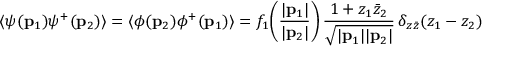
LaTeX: \langle \psi ( { \bf p } _ { 1 } ) \psi ^ { + } ( { \bf p } _ { 2 } ) \rangle = \langle \phi ( { \bf p } _ { 2 } ) \phi ^ { + } ( { \bf p } _ { 1 } ) \rangle = f _ { 1 } \! \left( \frac { | { \bf p } _ { 1 } | } { | { \bf p } _ { 2 } | } \right) \frac { 1 + z _ { 1 } \bar { z } _ { 2 } } { \sqrt { | { \bf p } _ { 1 } | | { \bf p } _ { 2 } | } } \, \delta _ { z \bar { z } } ( z _ { 1 } - z _ { 2 } )